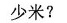
少米？